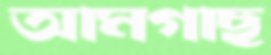
আমগাছ